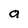
Character: a